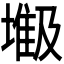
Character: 𫮥